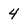
Character: 4